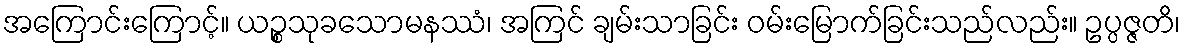
အကြောင်းကြောင့်။ ယဉ္စသုခသောမနဿံ၊ အကြင် ချမ်းသာခြင်း ဝမ်းမြောက်ခြင်းသည်လည်း။ ဥပ္ပဇ္ဇတိ၊